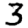
Digit: 3